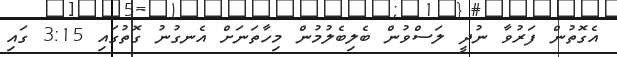
އެގޮތުން ފަރުވާ ނުދީ ލަސްވުން ބެލިބެލުމުން މިހާތަނަށް އެނގުނު ގޮތުގައި 3:15 ގައި